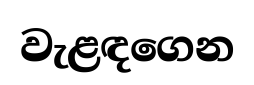
වැළඳගෙන